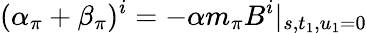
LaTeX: (\alpha_{\pi}+\beta_{\pi})^{i}=-\alpha m_{\pi}B^{i}\vert_{s,t_{1},u_{1}=0}